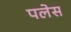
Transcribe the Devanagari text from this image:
पलेस